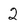
Character: 2